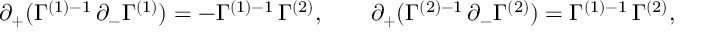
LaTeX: \partial _ { + } ( \Gamma ^ { ( 1 ) - 1 } \, \partial _ { - } \Gamma ^ { ( 1 ) } ) = - \Gamma ^ { ( 1 ) - 1 } \, \Gamma ^ { ( 2 ) } , \qquad \partial _ { + } ( \Gamma ^ { ( 2 ) - 1 } \, \partial _ { - } \Gamma ^ { ( 2 ) } ) = \Gamma ^ { ( 1 ) - 1 } \, \Gamma ^ { ( 2 ) } ,